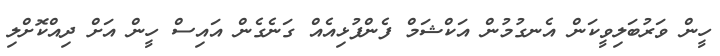
ހީން ވަރުބަލިވީކަން އެނގުމުން އަކްޝަމް ފެންފުޅިއެއް ގަނެގެން އައިސް ހީން އަށް ދިއްކޮށްލި